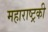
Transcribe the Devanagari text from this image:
महाराष्ट्रकी